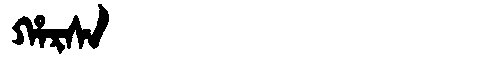
Manchu: ᡥᠠᡵᠰᠠ
Romanization: HARSA